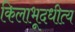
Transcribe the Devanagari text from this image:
किलाभूदधीत्य